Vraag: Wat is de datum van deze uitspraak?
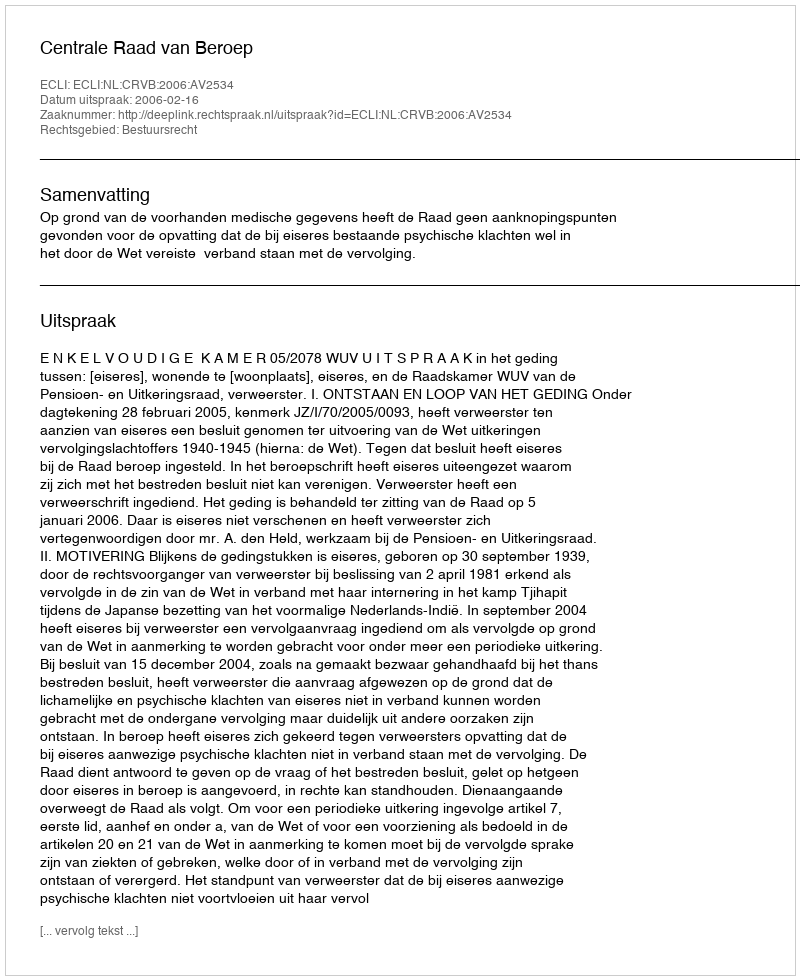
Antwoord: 2006-02-16